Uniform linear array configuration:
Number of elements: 32
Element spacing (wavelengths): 0.75
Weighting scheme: hann
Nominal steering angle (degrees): -45
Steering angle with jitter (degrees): -43.371
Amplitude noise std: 0.05
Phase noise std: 0.05

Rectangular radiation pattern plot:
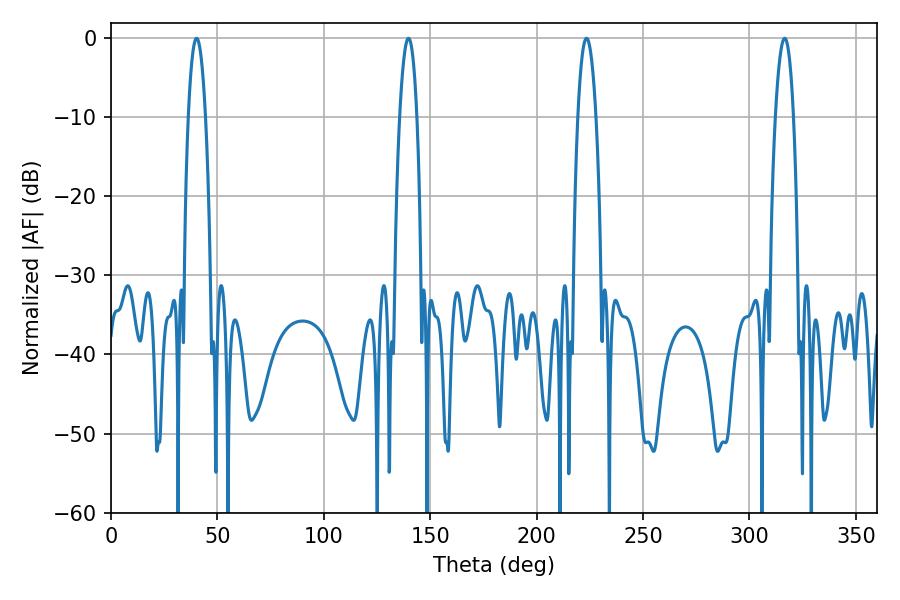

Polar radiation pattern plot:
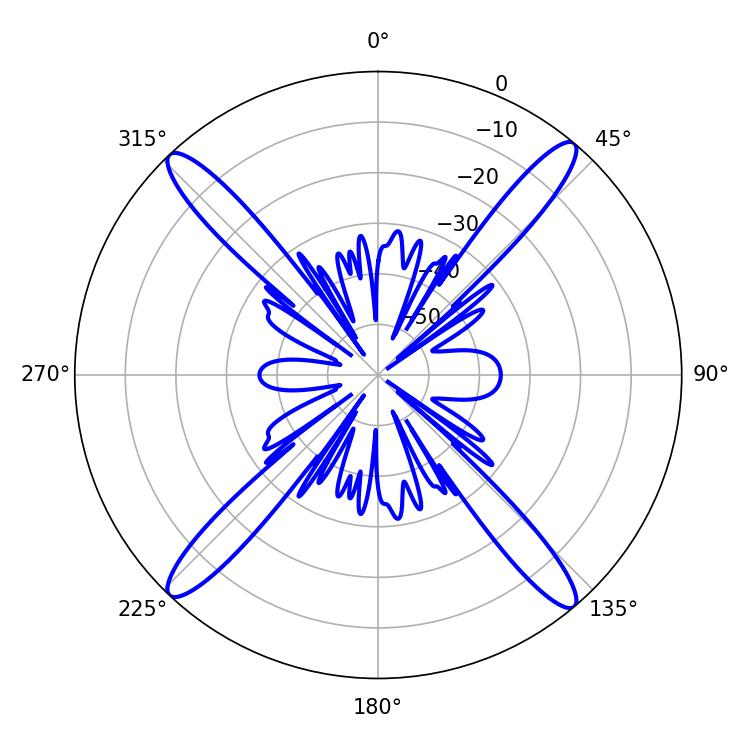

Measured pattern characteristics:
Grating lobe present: TRUE
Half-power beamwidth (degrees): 4.68
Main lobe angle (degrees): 223.38